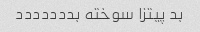
بد پیتزا سوخته بددددددد